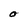
Character: O